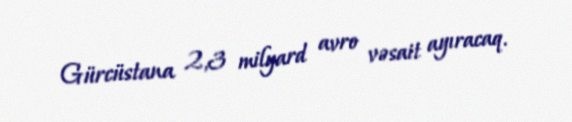
Gürcüstana 2,3 milyard avro vəsait ayıracaq.